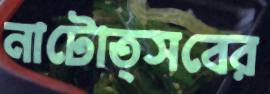
নাটোত্সবের